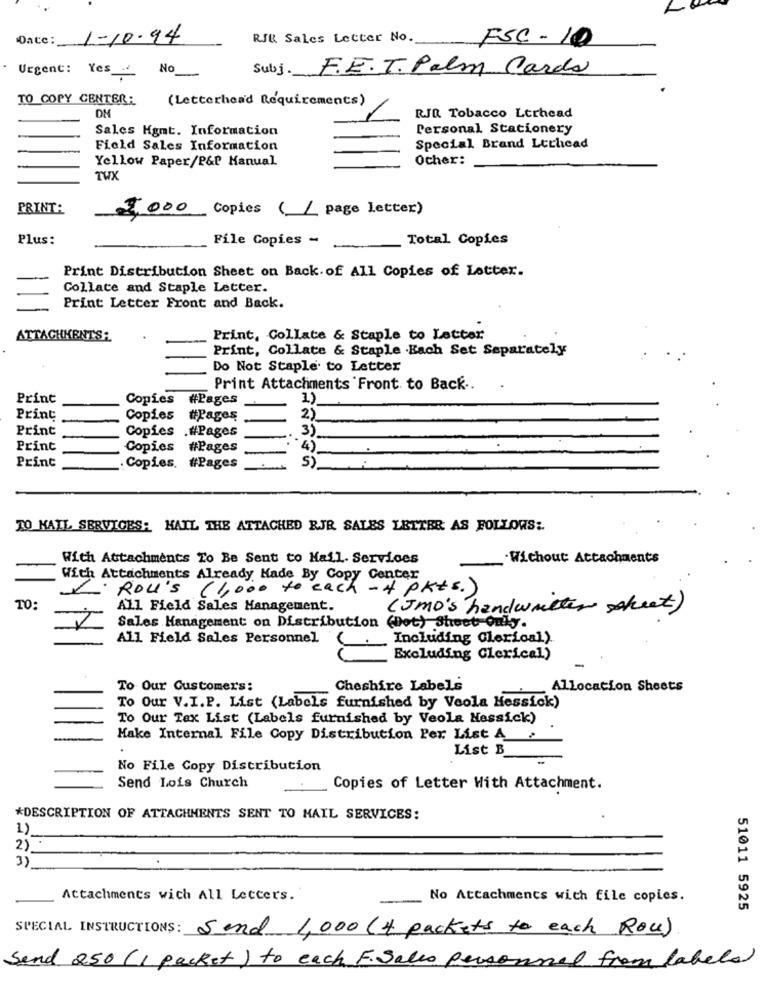
L
Date:
1-10.94
RJ& Sales Letter No.
FSC - 10
Urgent: Yes_
No
Subj. F.E.T. Palm Cards
TO COPY CENTER:
(Letterhead Requirements)
RJA Tobacco Ltrhead
Sales Hgmt. Information
Personal Stationery
Field Sales Information
Special Brand Lechicad
Yellow Paper/P&P Manual
Ocher:
TWX
PRINT:
3,000 Copies ( page letter)
Plus:
File Copies -
Total Copies
Print Distribution Sheet on Back. of All Copies of Letter.
Collace and Staple Letter.
Print Letter Front and Back.
ATTACHMENTS:
Print, Collate & Staple to Letter
Print, Collate & Staple .Each Set Separately
Do Not Staple to Letter
Print Attachments Front. to Back ..
Print
Copies #Pages
1)
Print
Copies #Pages
2)
Print
Copies
.#Pages
3)
Print
Copies
#Pages
"4)
Print
Copies. #Pages
S)
TO KAIL SERVICES: HAIL THE ATTACHED RJR SALES LETTER AS FOLLOWS :.
With Attachments To Be Sent to Hail. Services
.Wichout: Attachments
With Attachments Already Made By Copy Center
Roll's (1,000 to each - 4 pkts.)
TO:
All Field Sales Management.
( JMO's handwritten scheet)
Sales Management on Distribution (not) Sheet only.
All Field Sales Personnel
Including Clerical).
Excluding Clerical)
To Our Customers:
Cheshire Labels
Allocation Sheets
To Our V.I.P. List (Labels furnished by Veola Hessick)
To Our Tax List (Labels furnished by Veola Hessick)
Make Internal File Copy Distribution Per List A '
List B
No File Copy Distribution
Send Lois Church
:Copies of Letter With Attachment.
*DESCRIPTION OF ATTACHMENTS SENT TO MAIL SERVICES:
1)
2)
3)
Attachments wich All Letters.
No Attachments with file copies.
51011 5925
SPECIAL INSTRUCTIONS: Sand 1,000 (4 packets to each Rou)
Send 250 (1 packet) to each F. Sales personnal from labels